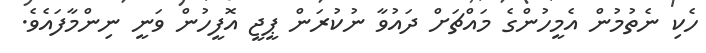
ހެކި ނެތުމުން އެމީހުންގެ މައްޗަށް ދައުވާ ނުކުރަން ޕީޖީ އޮފީހުން ވަނީ ނިންމާފައެވެ.